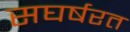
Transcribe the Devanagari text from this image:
सघर्षरत